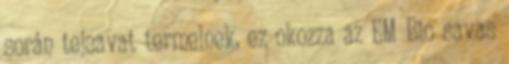
során tejsavat termelnek, ez okozza az EM Bio savas